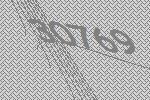
30769